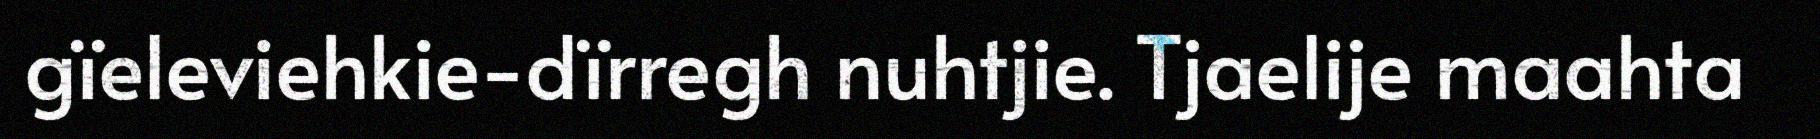
gïeleviehkie-dïrregh nuhtjie. Tjaelije maahta